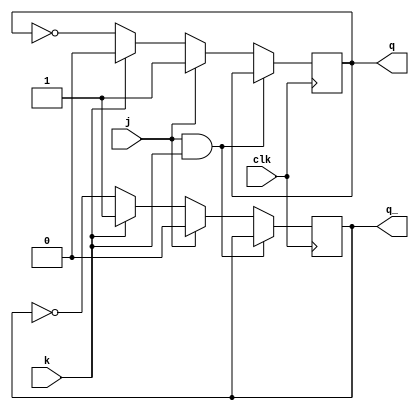
module jk_flipflop(
    input wire clk,   // Clock input
    input wire j,     // J input
    input wire k,     // K input
    output reg q,     // Q output
    output reg q_     // Q' output
);

always @(negedge clk) begin
    if(j && k) begin
        q <= q;
        q_ <= q_;
    end else if(j) begin
        q <= 1'b1;
        q_ <= 1'b0;
    end else if(k) begin
        q <= 1'b0;
        q_ <= 1'b1;
    end else begin
        q <= ~q;
        q_ <= ~q_;
    end
end

endmodule